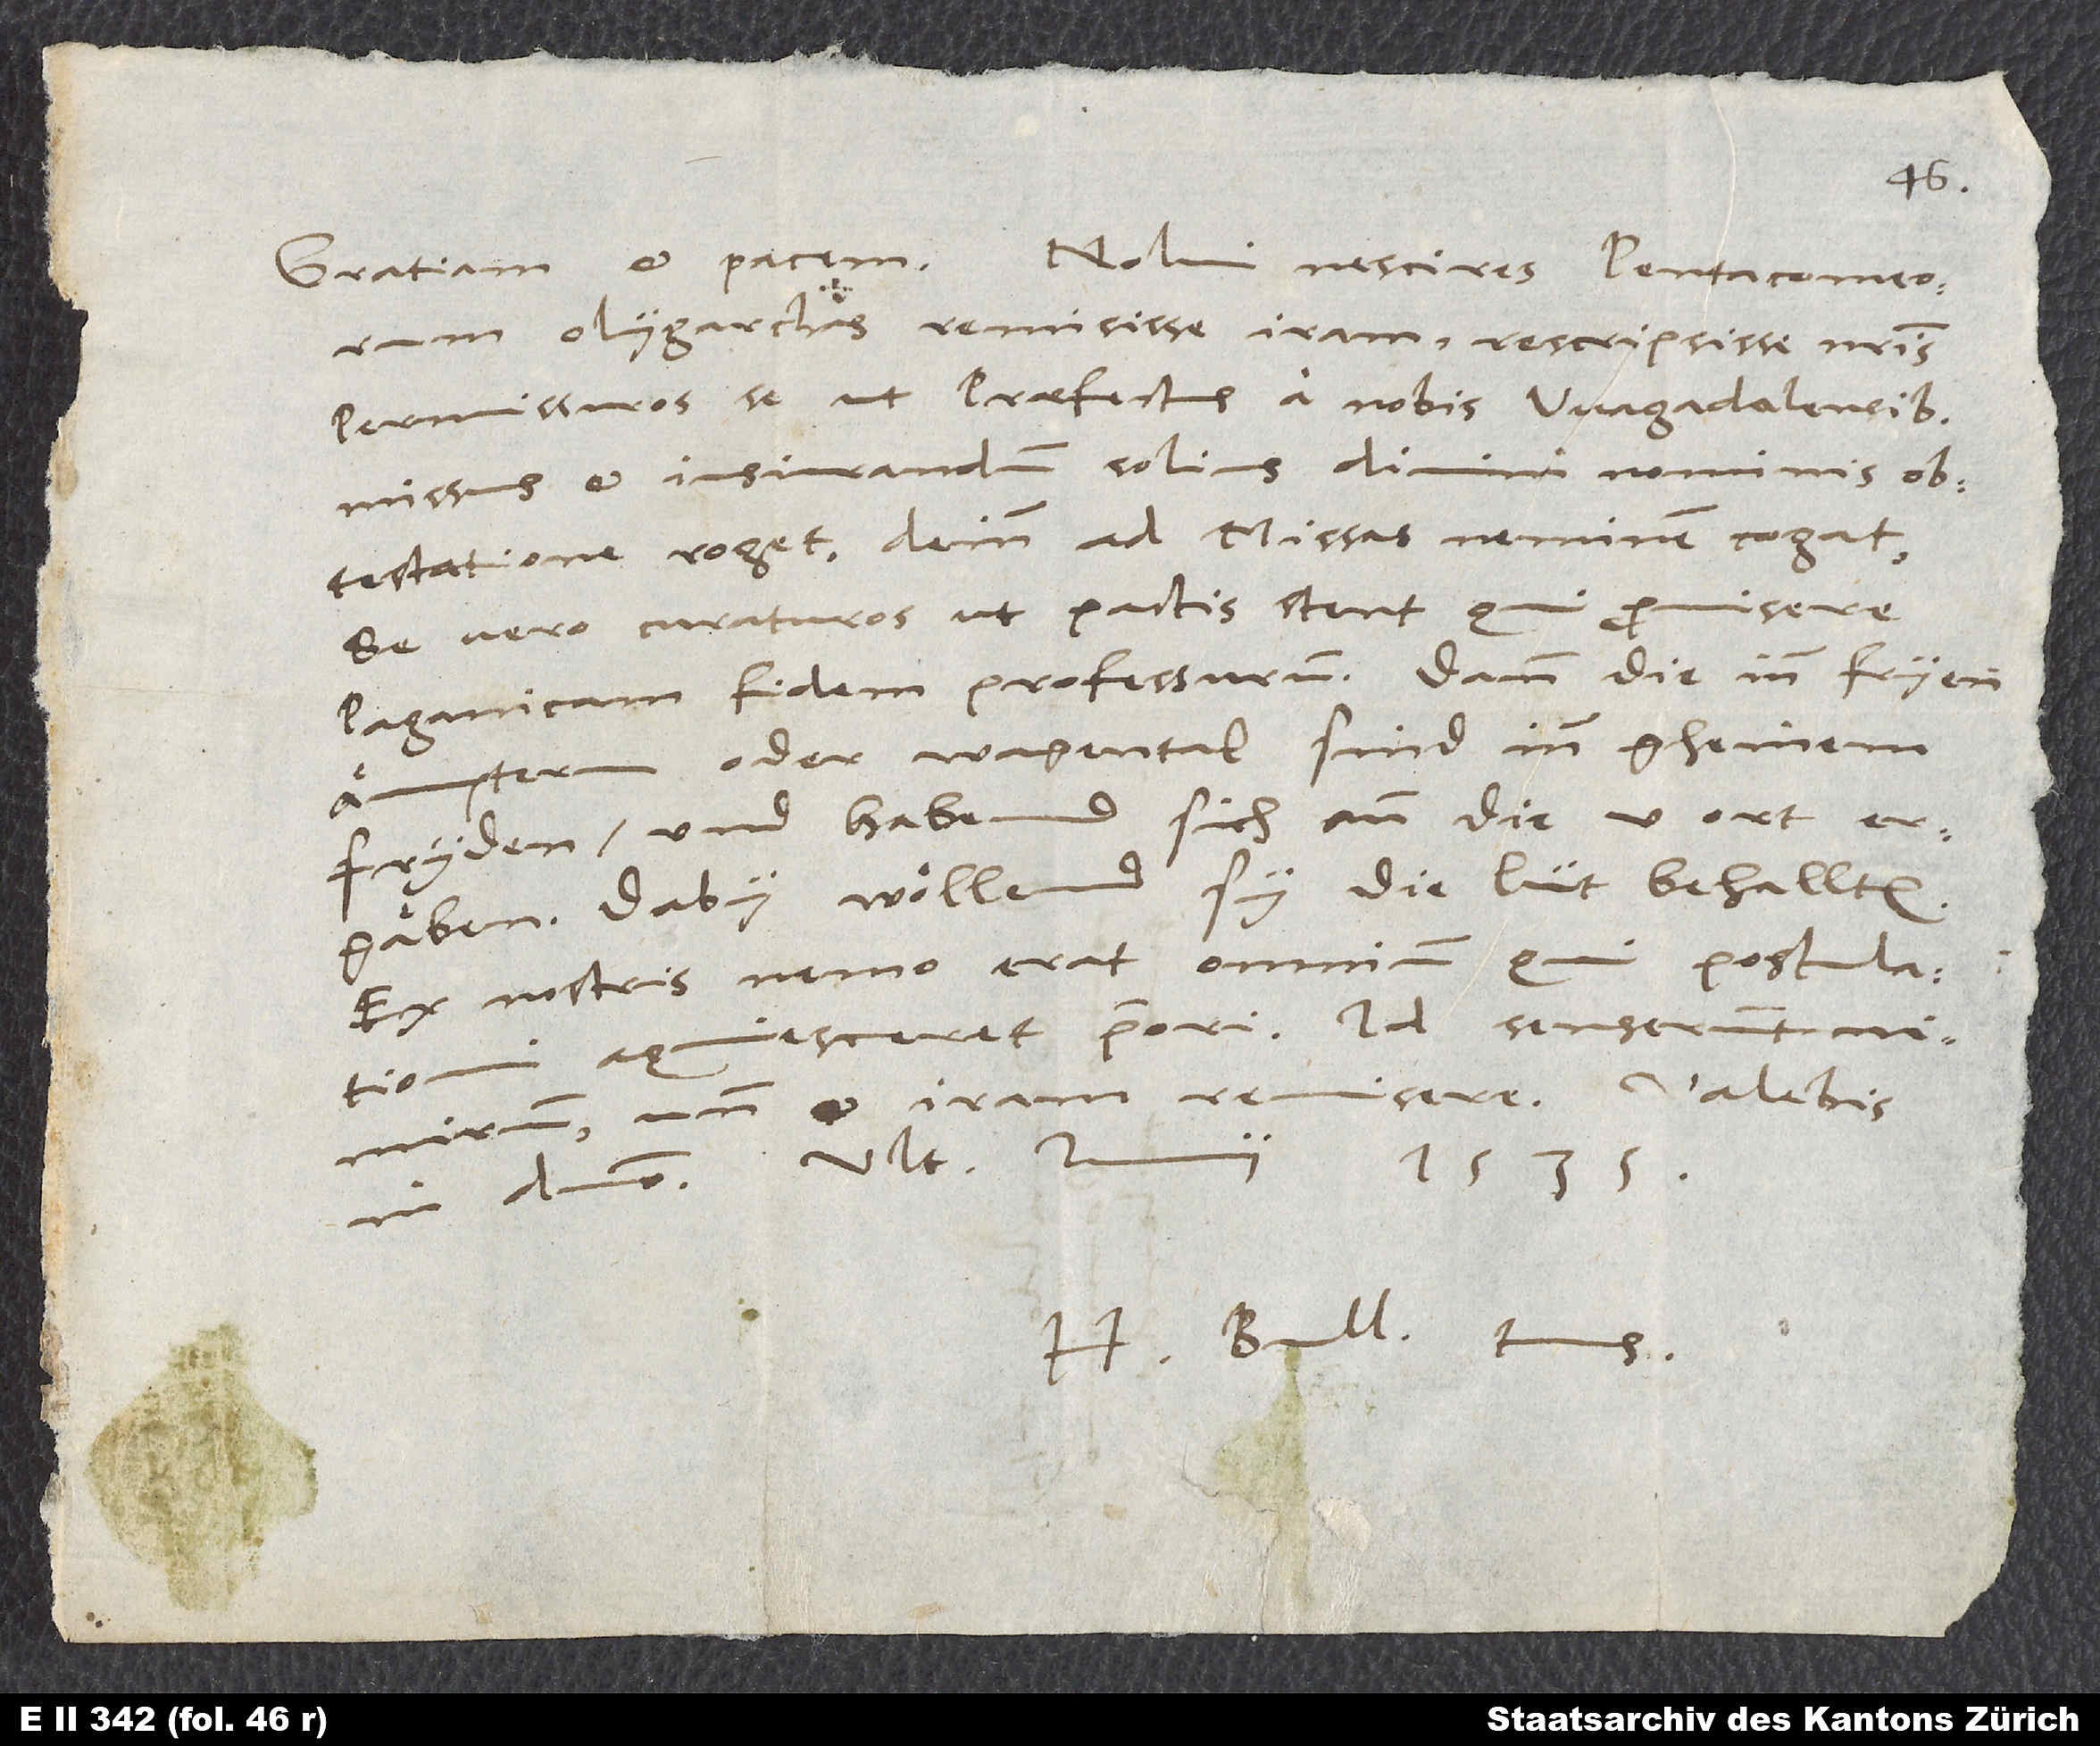
olygarchas remisisse iram, rescripsisse nostris
permissuros se, ut praefectus a nobis Wagadalensibus
missus et iusiurandum solius divini nominis
obtestatione roget, deinde ad missas neminem cogat.
Se vero curaturos, ut pactis stent, qui promisere
paganicam fidem professurum. Dann die inn Fryen
Amptern oder Wagental sind inn gheinem
fryden und habend sich ann die 5 ort
ergäben. Daby wöllend sy die lüt behallten.
Ex nostris nemo erat omnium, qui postulationi
aquiesceret priori. Id senserunt nimirum,
in domino. Ultima iunii 1535.
H. Bull. tuus.